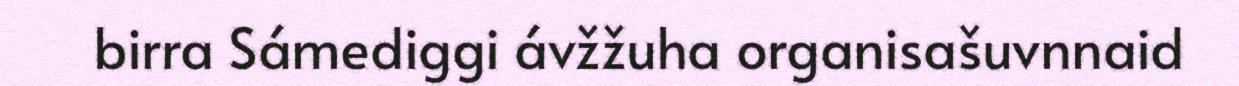
birra Sámediggi ávžžuha organisašuvnnaid